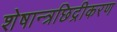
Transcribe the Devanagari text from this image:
शेषान्त्रछिद्रीकरण